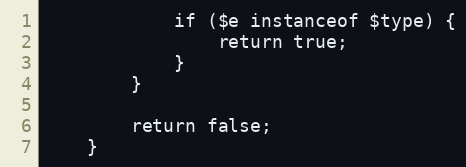
Language: PHP
            if ($e instanceof $type) {
                return true;
            }
        }

        return false;
    }